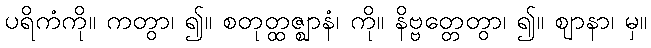
ပရိကံကို။ ကတွာ၊ ၍။ စတုတ္ထဇ္ဈာနံ၊ ကို။ နိဗ္ဗတ္တေတွာ၊ ၍။ ဈာနာ၊ မှ။